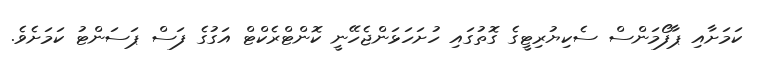
ކަމަށާއި ޕާފޯމަންސް ސެކިޔުރިޓީގެ ގޮތުގައި ހުށަހަޅަންޖެހޭނީ ކޮންޓްރެކްޓް އަގުގެ ފަސް ޕަސަންޓު ކަމަށެވެ.